Annual report of the Imperial Bacteriological Laboratory, Muktesar
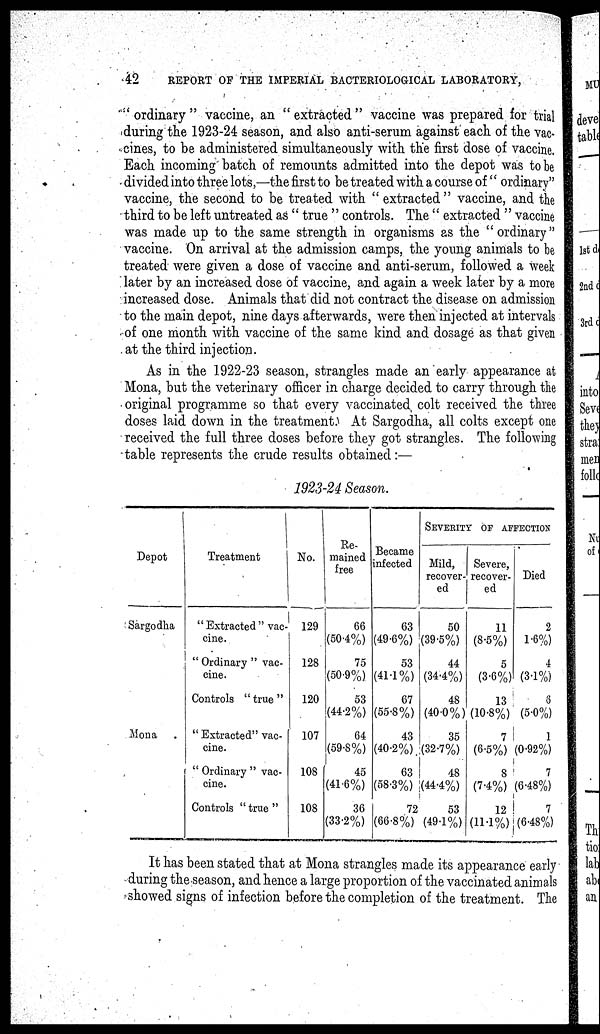
42
REPORT OF THE IMPERIAL BACTERIOLOGICAL LABORATORY,
" ordinary " vaccine, an "extracted" vaccine was prepared for trial
during the 1923-24 season, and also anti-serum against each, of the vac-
cines, to be administered simultaneously with the first dose of vaccine.
Each incoming batch of remounts admitted into the depot was to be
divided into three lots,—the first to be treated with a course of " ordinary"
vaccine, the second to be treated with " extracted" vaccine, and the
third to be left untreated as " true " controls. The " extracted " vaccine
was made up to the same strength in organisms as the "ordinary"
vaccine. On arrival at the admission camps, the young animals to be
treated were given a dose of vaccine and anti-serum, followed a week
later by an increased dose of vaccine, and again a week later by a more
increased dose. Animals that did not contract the disease on admission
to the main depot, nine days afterwards, were then injected at intervals
of one month with vaccine of the same kind and dosage as that given
at the third injection.
As in the 1922-23 season, strangles made an early appearance at
Mona, but the veterinary officer in charge decided to carry through the
original programme so that every vaccinated colt received the three
doses laid down in the treatment. At Sargodha, all colts except one
received the full three doses before they got strangles. The following
table represents the crude results obtained:—
1923-24 Season.
Depot
Sargodha
Mona
Treatment
" Extracted " vac-
cine.
" Ordinary " vac-
cine.
Controls "true"
" Extracted" vac-
cine.
" Ordinary " vac-
cine.
Controls " true "
No.
129
128
120
107
108
108
Re-
mained
free
66
(50.4%)
75
(50.9%)
53
(44.2%)
64
(59.8%)
45
(41.6%)
36
(33.2%)
Became
infected
63
(49.6%)
53
(41.1%)
67
(55.8%)
43
(40.2%)
63
(58.3%)
72
(66.8%)
SEVERITY OF AFFECTION
Mild,
recover-
ed
Severe,
recover-
ed
50
(39.5%)
44
(34.4%)
48
(40.0%)
35
(32.7%)
48
(44.4%)
53
(49.1%)
11
(8.5%)
5
(3.6%)
13
(10.8%)
7
(6.5%)
8
(7.4%)
12
(11.1%)
Died
2
1.6%)
4
(3.1%)
3
(5.0%)
1
(0.92%)
7
(6.48%)
7
(6.48%)
It has been stated that at Mona strangles made its appearance early
during the season, and hence a large proportion of the vaccinated animals
showed signs of infection before the completion of the treatment. The